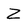
Character: Z